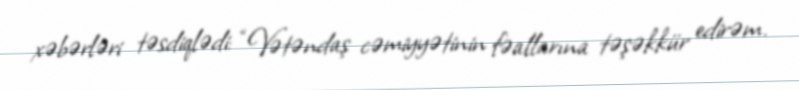
xəbərləri təsdiqlədi: “Vətəndaş cəmiyyətinin fəallarına təşəkkür edirəm.